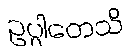
ဥပ္ပါတေသိ